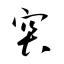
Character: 突